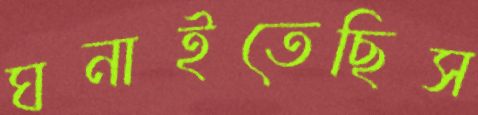
ঘনাইতেছিস